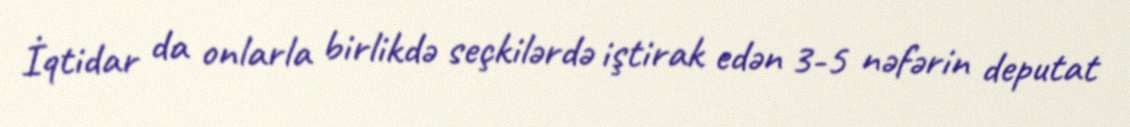
İqtidar da onlarla birlikdə seçkilərdə iştirak edən 3-5 nəfərin deputat